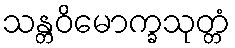
သန္တဝိမောက္ခသုတ္တံ